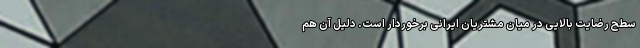
سطح رضایت بالایی در میان مشتریان ایرانی برخوردار است. دلیل آن هم